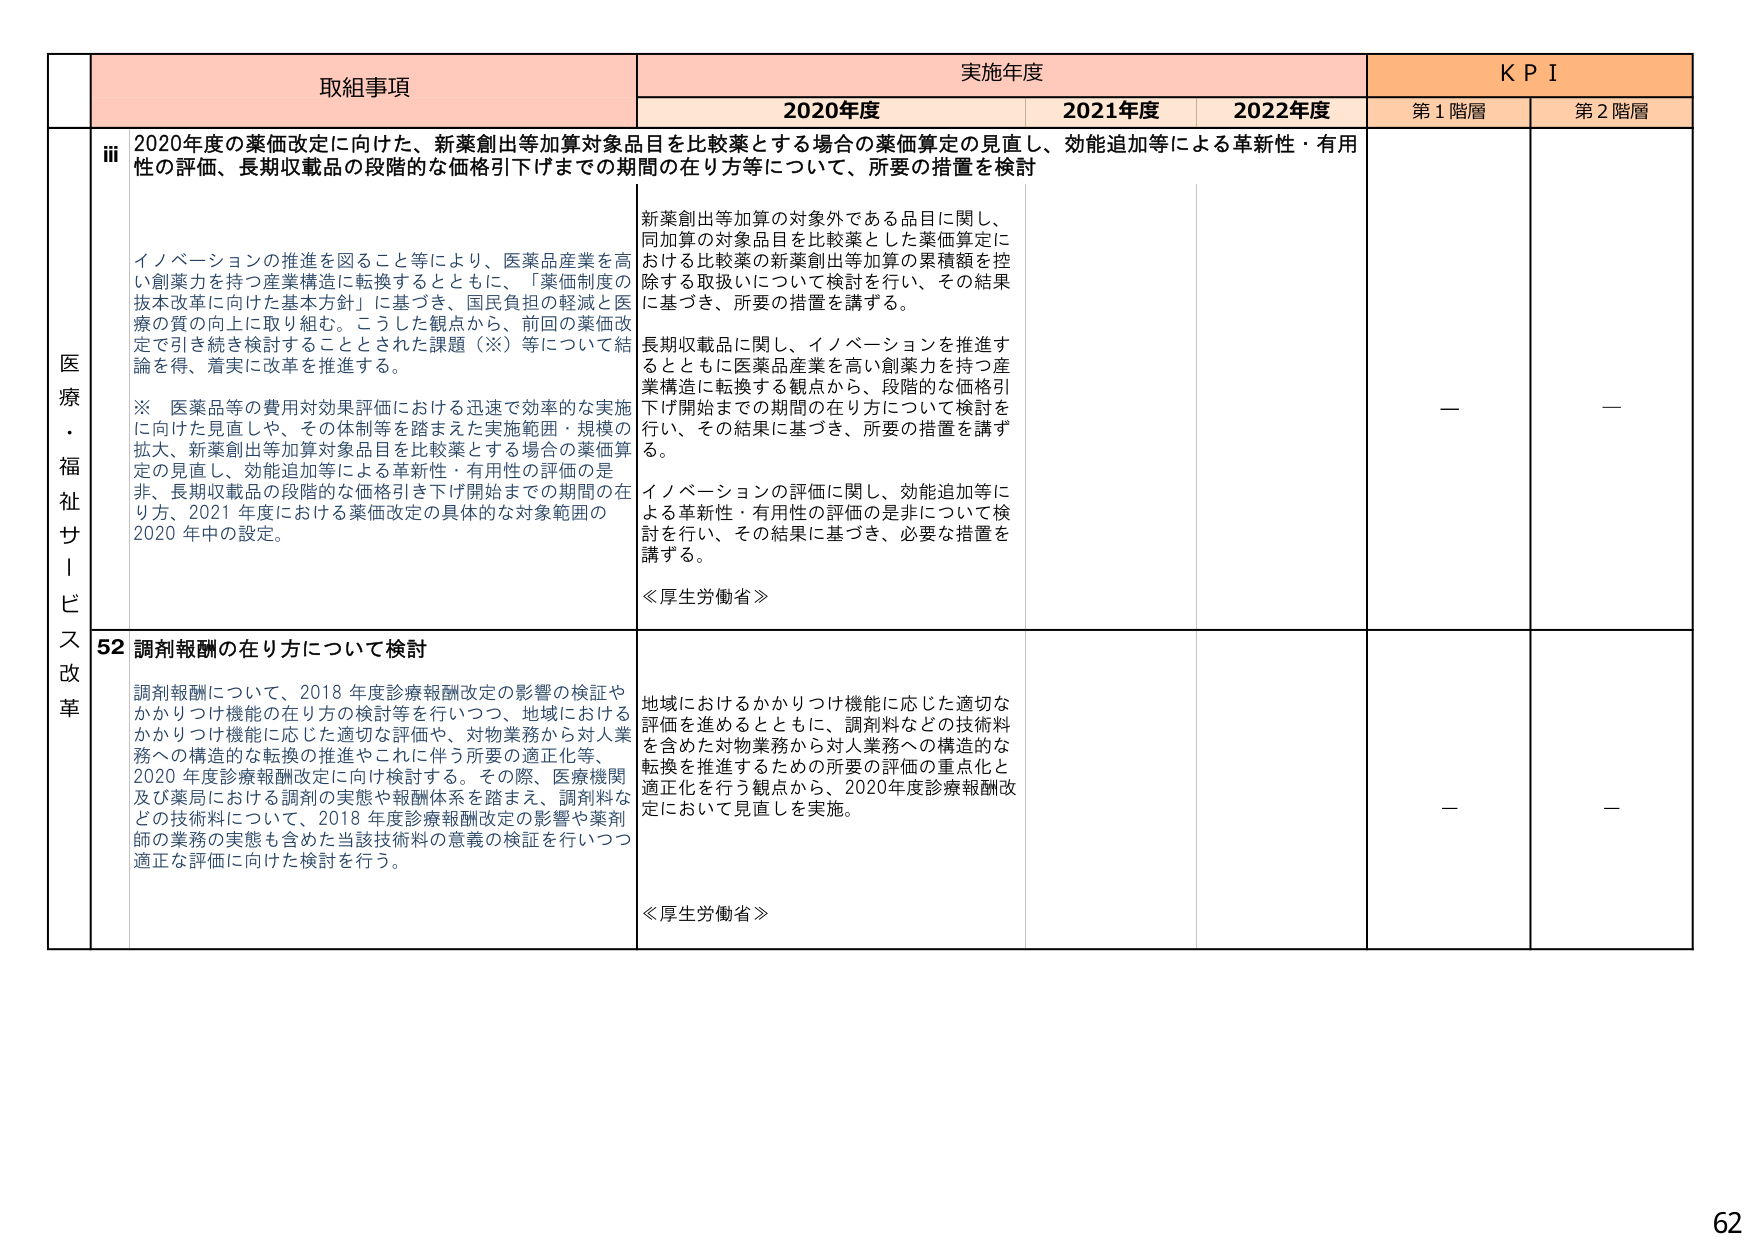
医療・福祉サービス改革

取組事項

iii 2020年度の薬価改定に向けた、新薬創出等加算対象品目を比較薬とする場合の薬価算定の見直し、効能追加等による革新性・有用性の評価、長期収載品の段階的な価格引下げまでの期間の在り方等について、所要の措置を検討

イノベーションの推進を図ること等により、医薬品産業を高い創業力を持つ産業構造に転換するとともに、「薬価制度の抜本改革に向けた基本方針」に基づき、国民負担の軽減と医療の質の向上に取り組む。こうした観点から、前回の薬価改定で引き続き検討することとした課題（※）等について結論を得、着実に改革を推進する。

※ 医薬品等の費用対効果評価における迅速で効率的な実施に向けた見直しや、その体制等を踏まえた実施範囲・規模の拡大、新薬創出等加算対象品目を比較薬とする場合の薬価算定の見直し、効能追加等による革新性・有用性の評価の是非、長期収載品の段階的な価格引き下げ開始までの期間の在り方、2021年度における薬価改定の具体的な対象範囲の2020年中の設定。

新薬創出等加算の対象外である品目に関し、同加算の対象品目を比較薬とした薬価算定における比較薬の新薬創出等加算の累積額を控除する取扱いについて検討を行い、その結果に基づき、所要の措置を講ずる。

長期収載品に関し、イノベーションを推進するとともに医薬品産業を高い創業力を持つ産業構造に転換する観点から、段階的な価格引下げ開始までの期間の在り方について検討を行い、その結果に基づき、所要の措置を講ずる。

イノベーションの評価に関し、効能追加等による革新性・有用性の評価の是非について検討を行い、その結果に基づき、必要な措置を講ずる。

≪厚生労働省≫

52 調剤報酬の在り方について検討

調剤報酬について、2018年度診療報酬改定の影響の検証やかかりつけ機能の在り方の検討等を行いつつ、地域におけるかかりつけ機能に応じた適切な評価や、対物業務から対人業務への構造的な転換の推進やこれに伴う所要の適正化等、2020年度診療報酬改定に向け検討する。その際、医療機関及び薬局における調剤の実態や報酬体系を踏まえ、調剤料などの技術料について、2018年度診療報酬改定の影響や薬剤師の業務の実態も含めた当該技術料の意義の検証を行いつつ適正な評価に向けた検討を行う。

地域におけるかかりつけ機能に応じた適切な評価を進めるとともに、調剤料などの技術料を含めた対物業務から対人業務への構造的な転換を推進するための所要の評価の重点化と適正化を行う観点から、2020年度診療報酬改定において見直しを実施。

≪厚生労働省≫

実施年度

2020年度

2021年度

2022年度

KPI

第1階層

第2階層

—

—

—

—

62